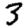
Digit: 3